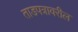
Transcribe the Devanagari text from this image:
ताडपत्रावरील